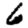
Digit: 6